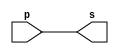
// PUC Minas - Ciencia da Computacao - Arquitetura de Computadores I
// Exemplo0001 - buffer 
// Nome: Ana Cristina P. Teixeira 

// -------------------------
// -- buffer 
// -------------------------
module buffer (output s, input p); 
	assign s = p; // criar vinculo permanente 
	// (dependencia) 
endmodule // buffer

// ------------------------- 
// -- test buffer 
// ------------------------- 
module testbuffer; 
// ------------------------- dados locais 
	reg a; // definir registrador 
	// (variavel independente) 
	wire s; // definir conexao (fio) 
	// (variavel dependente ) 
// ------------------------- instancia 
	buffer BF1 (s, a); 
// ------------------------- preparacao 
	initial begin:start 
		a = 0; // valor inicial 
	end

// ------------------------- parte principal 
	initial begin:main 
	
	// execucao unitaria 
		$display("Exemplo 0001 - Ana Cristina - 427385"); 
		$display("Test buffer:"); 
		$display("\t \t time\ta = s"); 
	
	// execucao permanente 
		$monitor("%d\t%b = %b", $time, a, s); 
		// apos uma unidade de tempo 
		// mudar valor do registrador para 1 
		#1 a = 1; 
		// apos duas unidades de tempo 
		// mudar valor do registrador para 0 
		#2 a = 0; 
	end 
endmodule // testbuffer

// Previsao de testes
// time initial = 0, input/registrador a initial = 0, logo output s initial = 0
// time 1, input = 1, output = 1
// time 3 (#2), input = 0, output = 0